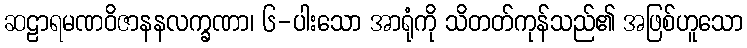
ဆဠာရမဏဝိဇာနနလက္ခဏာ၊ ၆-ပါးသော အာရုံကို သိတတ်ကုန်သည်၏ အဖြစ်ဟူသော